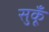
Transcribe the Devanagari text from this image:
सुकूँ